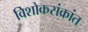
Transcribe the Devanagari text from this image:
विशोकसंक्रांत